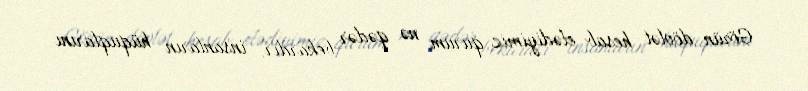
Görün dövlət hesab elədiyimiz qurum nə qədər bekardır, insanların hüquqlarını